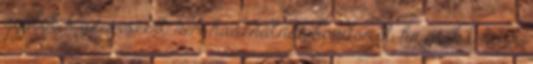
gyűlölik az óvszert. nem használnak kondomot, ha csak tehetik.